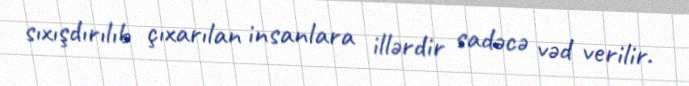
sıxışdırılıb çıxarılan insanlara illərdir sadəcə vəd verilir.